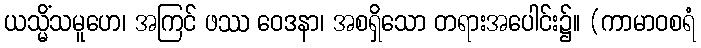
ယသ္မိံသမူဟေ၊ အကြင် ဖဿ ဝေဒနာ၊ အစရှိသော တရားအပေါင်း၌။ (ကာမာဝစရံ